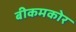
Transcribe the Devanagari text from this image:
बीकमकोर